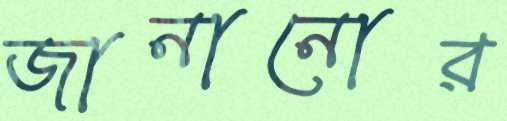
জানানোর